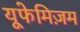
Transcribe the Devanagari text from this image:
यूफेमिज़म